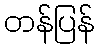
တန်ပြန်